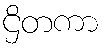
ဌိတကာ